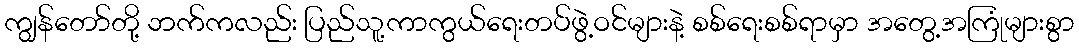
ကျွန်တော်တို့ ဘက်ကလည်း ပြည်သူ့ကာကွယ်ရေးတပ်ဖွဲ့ဝင်များနဲ့ စစ်ရေးစစ်ရာမှာ အတွေ့အကြုံများစွာ